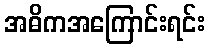
အဓိကအကြောင်းရင်း